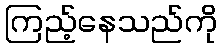
ကြည့်နေသည်ကို